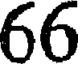
66